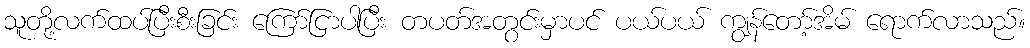
သူတို့လက်ထပ်ပြီးစီးခြင်း ကြော်ငြာပါပြီး တပတ်အတွင်းမှာပင် ပယ်ပယ် ကျွန်တော့်အိမ် ရောက်လာသည်။